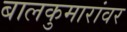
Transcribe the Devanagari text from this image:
बालकुमारांवर